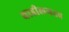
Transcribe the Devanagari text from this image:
वाडीलगतच